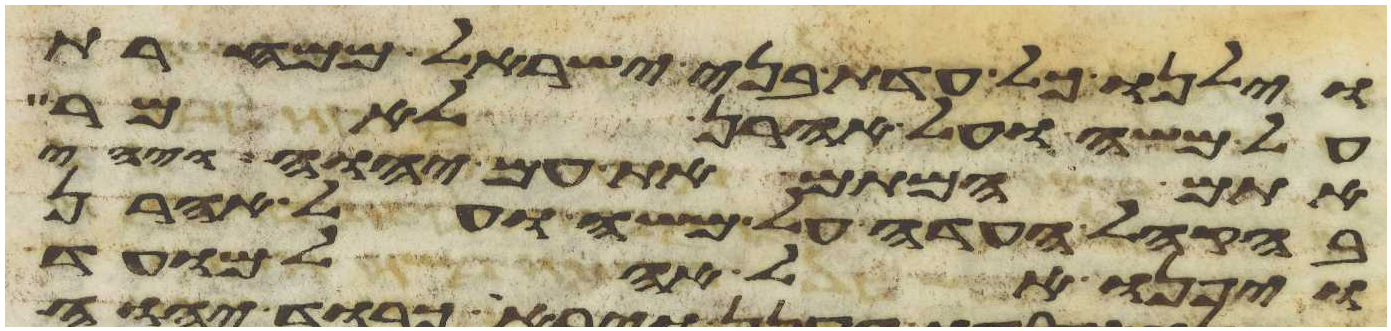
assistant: וילנו כל עדת בני ישראל ממחרת
על משה ועל אהרן לאמר
אתם המתם את עם יהוה ויהי
בהקהל העדה על משה ועל אהרן
ויפנו אל אהל מועד